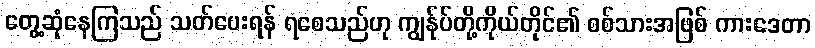
တွေ့ဆုံနေကြသည် သတ်ပေးရန် ရစေသည်ဟု ကျွန်ုပ်တို့ကိုယ်တိုင်၏ စစ်သားအဖြစ် ကားဒေတာ